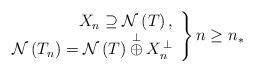
LaTeX: \begin{align*}\left.\begin{array}{r}X_{n}\supseteq \mathcal{N}\left( T\right) , \\\mathcal{N}\left( T_{n}\right) =\mathcal{N}\left( T\right) \overset{\bot }{\oplus }X_{n}^{\,\bot }\end{array}\right\} n\geq n_{\ast } \end{align*}